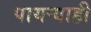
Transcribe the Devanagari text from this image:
पायऱ्याही